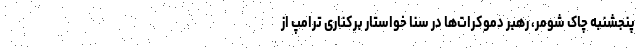
پنجشنبه چاک شومر، رهبر دموکرات‌ها در سنا خواستار برکناری ترامپ از